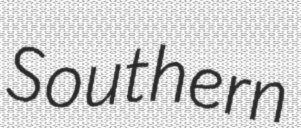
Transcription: Southern